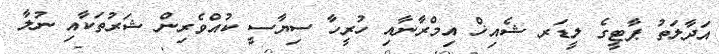
އަދާލަތު ޕާޓީގެ ލީޑަރ ޝެއިޚް އިމްރާނާއި ހުރީހާ ސިޔާސީ ކުއްވެރިން ޝަރުތަކާއި ނުލާ